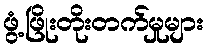
ဖွံ့ဖြိုးတိုးတက်မှုများ